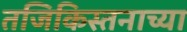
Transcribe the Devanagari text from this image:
तजिकिस्तनाच्या